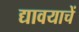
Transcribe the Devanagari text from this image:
द्यावयाचें